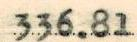
336.81